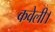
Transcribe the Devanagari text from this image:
कवेली।